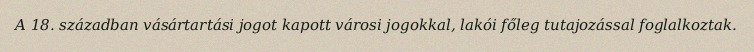
A 18. században vásártartási jogot kapott városi jogokkal, lakói főleg tutajozással foglalkoztak.